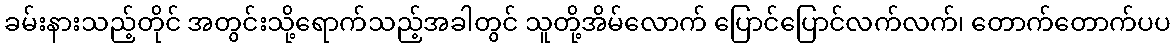
ခမ်းနားသည့်တိုင် အတွင်းသို့ရောက်သည့်အခါတွင် သူတို့အိမ်လောက် ပြောင်ပြောင်လက်လက်၊ တောက်တောက်ပပ